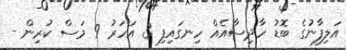
އަލިފާނުގެ ބޮޑު ހާދިސާއެއް ހިނގައިފި 3 އަހަރު 9 މަސް ކުރިން -